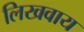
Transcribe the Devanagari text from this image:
लिखवाय